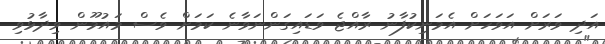
އަދި ވަރަށް އަވަހަށް އެމަނިކުފާނު ރާއްޖެ ވަޑައިގަންނަވާނެ ކަމަށް ވެސް މައުމޫން ވިދާޅުވި